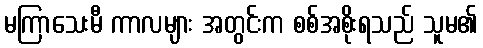
မကြာသေးမီ ကာလများ အတွင်းက စစ်အစိုးရသည် သူမ၏